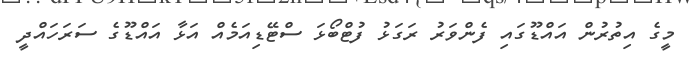
މީގެ އިތުރުން އައްޑޫގައި ފެންވަރު ރަގަޅު ފުޓްބޯޅަ ސްޓޭޑިއަމެއް އަޅާ އައްޑޫގެ ސަރަހައްދީ